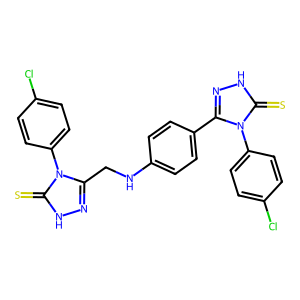
SMILES: S=c1[nH]nc(CNc2ccc(-c3n[nH]c(=S)n3-c3ccc(Cl)cc3)cc2)n1-c1ccc(Cl)cc1
Inhibits HIV replication: No